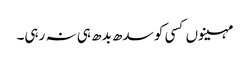
مہینوں کسی کو سدھ بدھ ہی نہ رہی۔